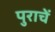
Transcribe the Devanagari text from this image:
पुराचें